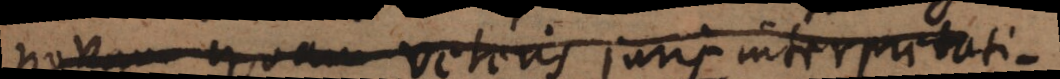
novam quam veteris juris interpretati